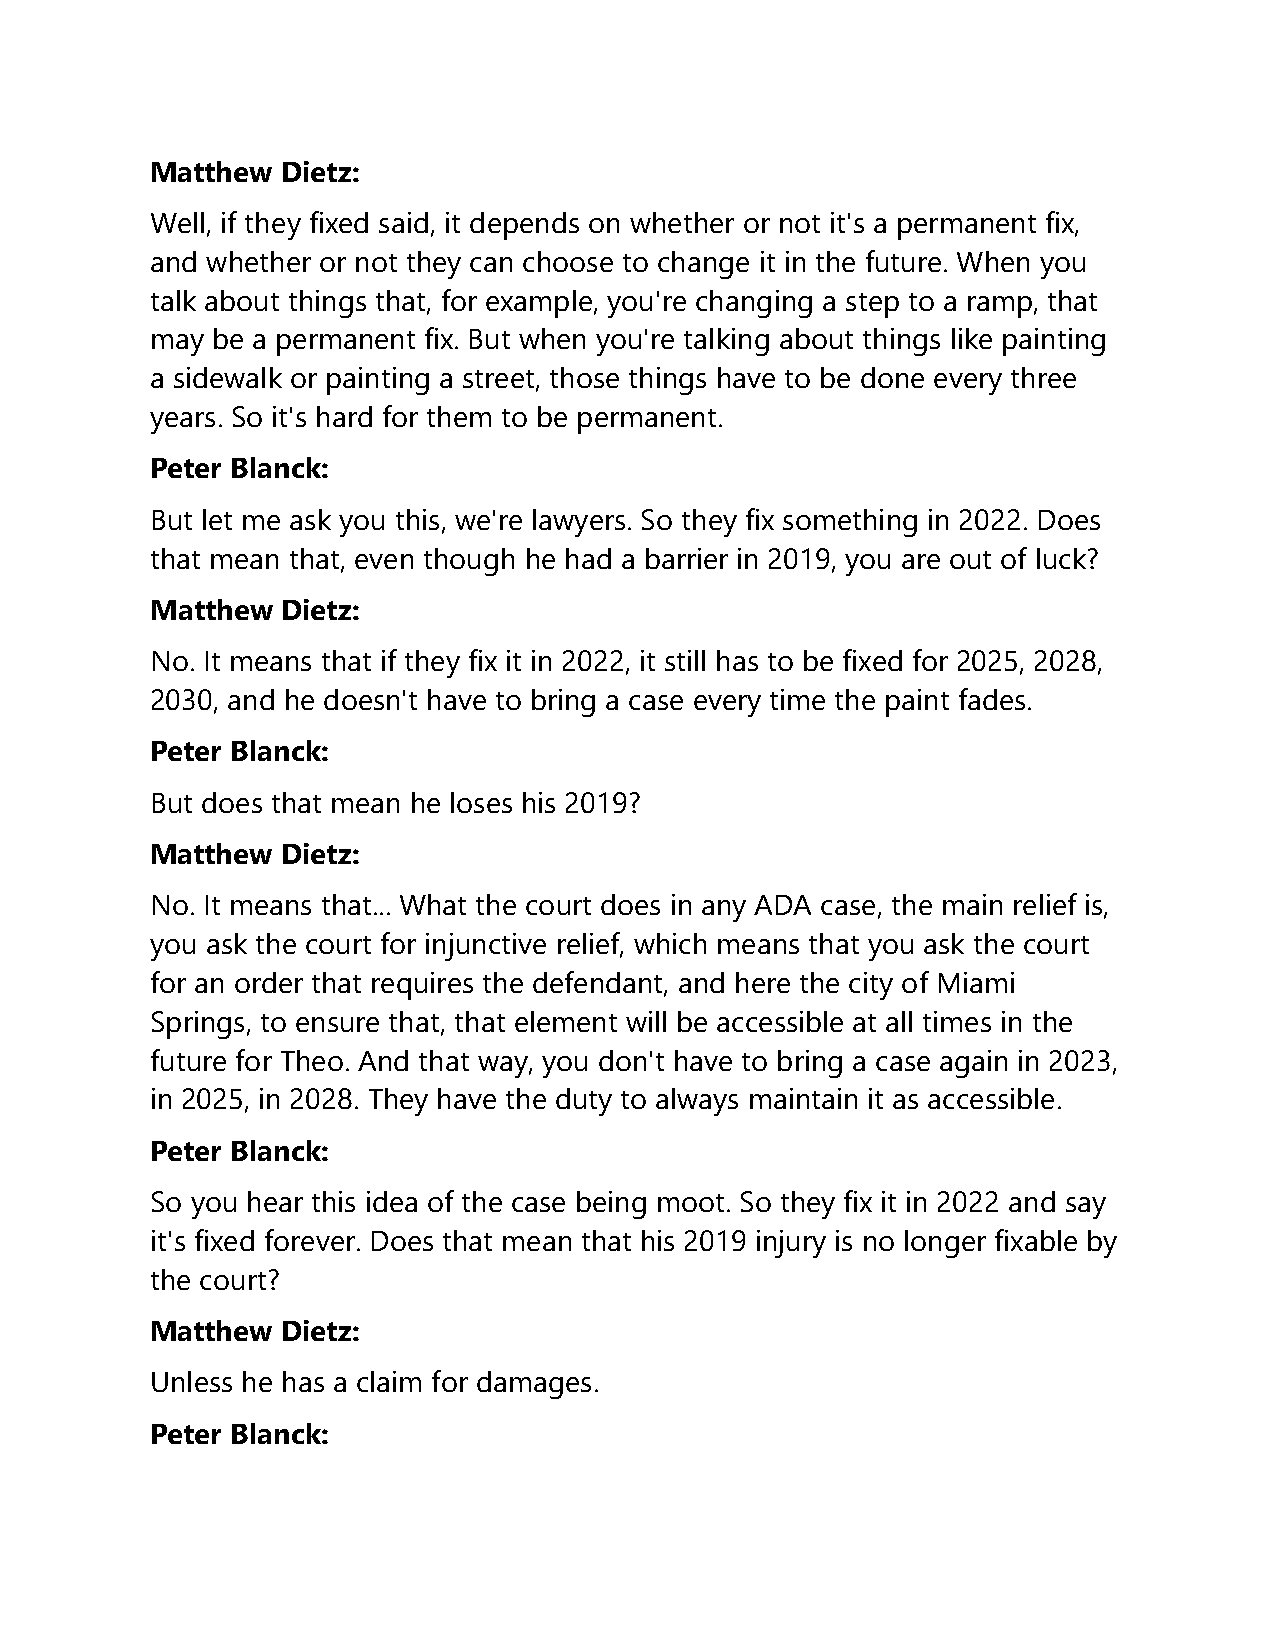
Matthew  Dietz:
 Well, if they fixed said, it depends on whether or not it's a permanent fix,
 and whether or not they can choose to change it in the future. When you
 talk about things that, for example, you're changing a step to a ramp, that
 may be a permanent fix. But when you're talking about things like painting
 a sidewalk or painting a street, those things have to be done every three
 years. So it's hard for them to be permanent.
 Peter Blanck:
 But let me ask you this, we're lawyers. So they fix something in 2022. Does
 that mean that, even though he had a barrier in 2019, you are out of luck?
 Matthew  Dietz:
 No. It means that if they fix it in 2022, it still has to be fixed for 2025, 2028,
 2030, and he doesn't have to bring a case every time the paint fades.
 Peter Blanck:
 But does that mean he loses his 2019?
 Matthew  Dietz:
 No. It means that... What the court does in any ADA case, the main relief is,
 you ask the court for injunctive relief, which means that you ask the court
 for an order that requires the defendant, and here the city of Miami
 Springs, to ensure that, that element will be accessible at all times in the
 future for Theo. And that way, you don't have to bring a case again in 2023,
 in 2025, in 2028. They have the duty to always maintain it as accessible.
 Peter Blanck:
 So you hear this idea of the case being moot. So they fix it in 2022 and say
 it's fixed forever. Does that mean that his 2019 injury is no longer fixable by
 the court?
 Matthew  Dietz:
 Unless he has a claim for damages.
 Peter Blanck: